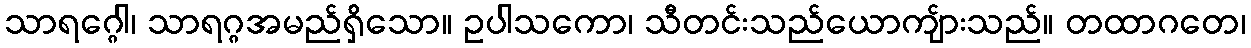
သာရဂ္ဂေါ၊ သာရဂ္ဂအမည်ရှိသော။ ဥပါသကော၊ သီတင်းသည်ယောကျ်ားသည်။ တထာဂတေ၊